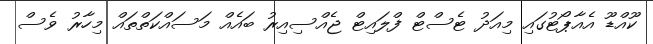
ކޫއްޑޫ އެއާޕޯޓުގައި މިއަދު ޓެސްޓް ފްލައިޓް ޖެއްސިއިރު ބައެއް މަސައްކަތްތައް މިހާރު ވެސް